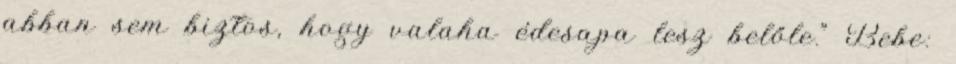
abban sem biztos, hogy valaha édesapa lesz belőle.” Bebe: